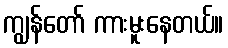
ကျွန်တော် ကားမူးနေတယ်။